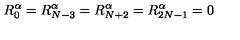
R _ { 0 } ^ { \alpha } = R _ { N - 3 } ^ { \alpha } = R _ { N + 2 } ^ { \alpha } = R _ { 2 N - 1 } ^ { \alpha } = 0